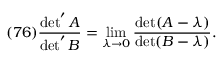
( 7 6 ) \frac { \operatorname * { d e t } ^ { \prime } A } { \operatorname * { d e t } ^ { \prime } B } = \operatorname * { l i m } _ { \lambda \to 0 } \frac { \operatorname * { d e t } ( A - \lambda ) } { \operatorname * { d e t } ( B - \lambda ) } .